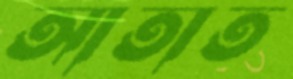
আতাত